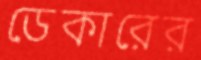
ডেকারের